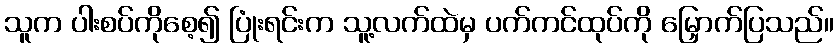
သူက ပါးစပ်ကိုစေ့၍ ပြုံးရင်းက သူ့လက်ထဲမှ ပက်ကင်ထုပ်ကို မြှောက်ပြသည်။